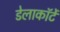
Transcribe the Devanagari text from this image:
डेलाकॉर्टे